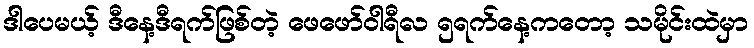
ဒါပေမယ့် ဒီနေ့ဒီရက်ဖြစ်တဲ့ ဖေဖော်ဝါရီလ ၅ရက်နေ့ကတော့ သမိုင်းထဲမှာ